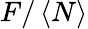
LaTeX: F/\left\langle N\right\rangle